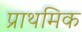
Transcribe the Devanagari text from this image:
प्राथमिक